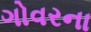
ગોવરના